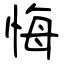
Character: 悔